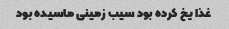
غذا یخ کرده بود سیب زمینی ماسیده بود